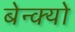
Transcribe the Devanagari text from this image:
बेन्क्यो